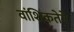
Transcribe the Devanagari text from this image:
वांशिकतेने